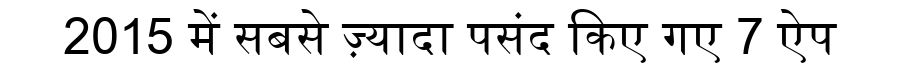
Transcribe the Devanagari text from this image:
2015 में सबसे ज़्यादा पसंद किए गए 7 ऐप